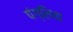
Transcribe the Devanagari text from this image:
पंग्लिया